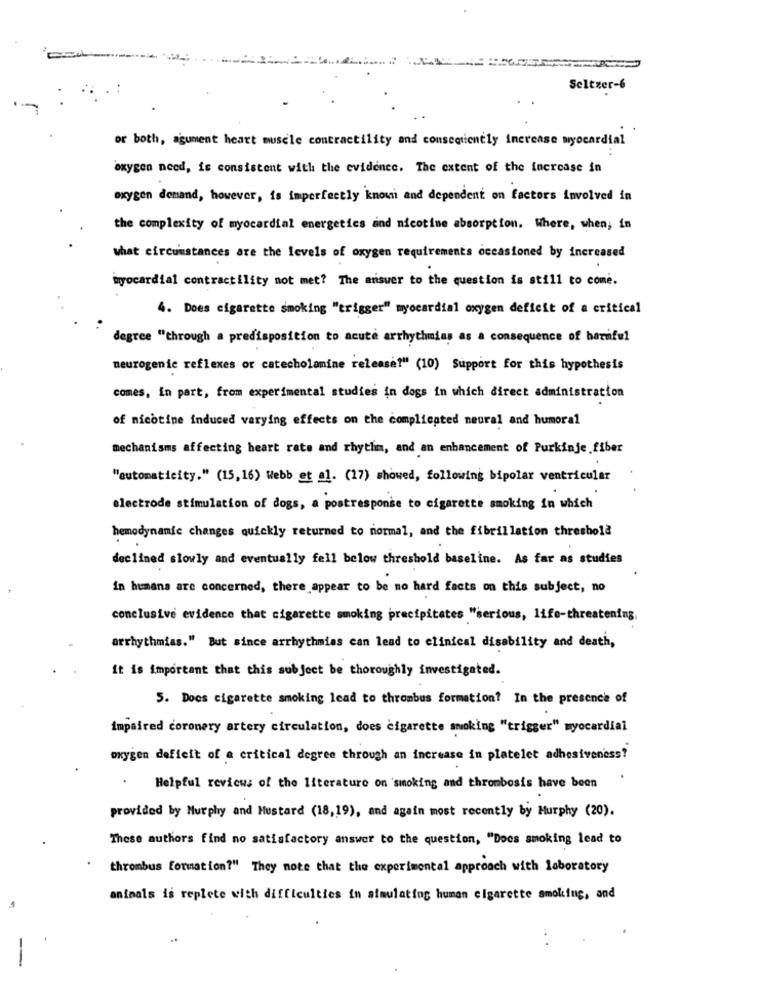
Seltzer-6
or both, agument heart muscle contractility and consequently increase myocardial
oxygen need, is consistent with the evidence. The extent of the imercase in
oxygen demand, however, is imperfectly know and dependent on factors involved in
the complexity of myocardial energetics and nicotine absorption. Where, when; in
what circumstances are the levels of oxygen requirements occasioned by increased
myocardial contractility not met? The answer to the question is still to come.
4. Does cigarette smoking "trigger" myocardial oxygen deficit of a critical
degree "through a predisposition to acute arrhythmias as a consequence of harmful
neurogenic reflexes or catecholamine release!" (10) Support for this hypothesis
comes, in part, from experimental studies in dogs in which direct administration
of nicotine induced varying effects on the complicated neural and humoral
mechanisms affecting heart rate and rhythm, and an enhancement of Purkinje fiber
"automaticity." (15,16) Webb et al. (17) showed, following bipolar ventricular
electrode stimulation of dogs, a postresponse to cigarette smoking in which
hemodynamic changes quickly returned to normal, and the fibrillation threshold
declined slowly and eventually fell below threshold baseline. As far as studies
in humans are concerned, there appear to be no hard facts on this subject, no
conclusive evidence that cigarette smoking precipitates "serious, life-threatening,
arrhythmias." But since arrhythmias can lead to clinical disability and death,
it is important that this subject be thoroughly investigated.
5. Does cigarette smoking lead to thrombus formation? In the presence of
impaired coronary artery circulation, does cigarette smoking "trigger" myocardial
oxygen deficit of a critical degree through an increase in platelet adhesiveness?
Helpful reviews of the literature on smoking and thrombosis have been
provided by Murphy and Mustard (18,19), and again most recently by Murphy (20).
These authors find no satisfactory answer to the question, "Docs smoking lead to
thrombus formation?" They note that the experimental approach with laboratory
animals is replete with difficulties in simulating human cigarette smoking, and
.
...
-